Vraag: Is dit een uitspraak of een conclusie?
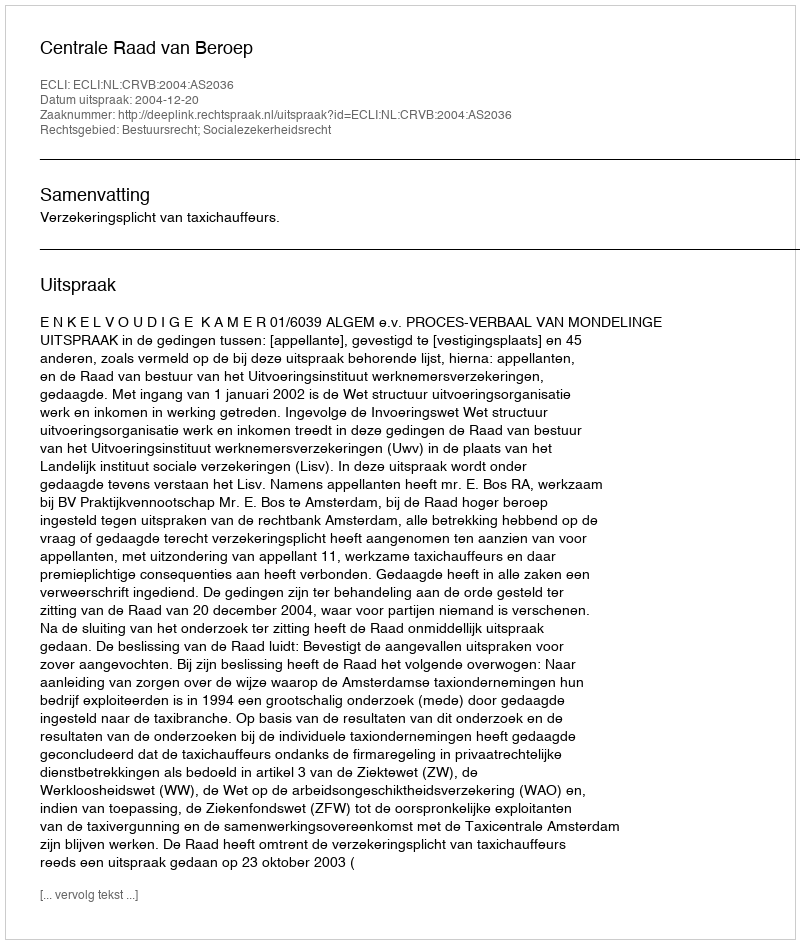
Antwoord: Uitspraak